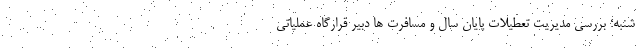
شنبه؛ بررسی مدیریت تعطیلات پایان سال و مسافرت ها دبیر قرارگاه عملیاتی